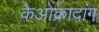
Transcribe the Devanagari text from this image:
केओक्रादांग